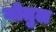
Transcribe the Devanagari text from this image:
गोतुल